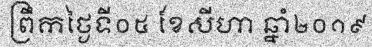
ព្រឹកថ្ងៃទី០៥ ខែសីហា ឆ្នាំ២០១៩